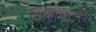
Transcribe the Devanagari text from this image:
विशिषटतः